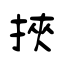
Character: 挾